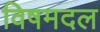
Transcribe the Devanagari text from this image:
विषमदल